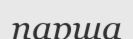
парша